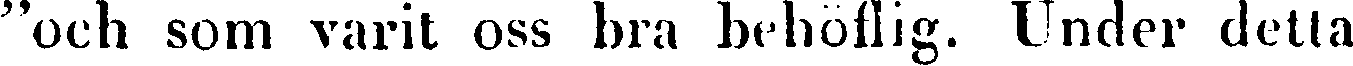
"och som varit oss bra behöflig. Under detta